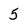
Character: 5